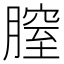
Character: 膣